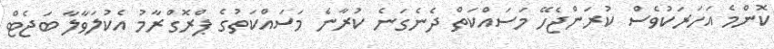
ކޮންމެ އަހަރަކުވެސް ކުރަންޖެހޭ މަސައްކަތް ދެނެގަނެ ކުރާނެ މަސައްކަތުގެ ޕްރޮގްރާމު އެކުލަވާލާ ބަޖެޓް